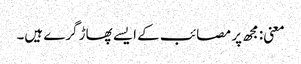
معنی: مجھ پر مصائب کے ایسے پھاڑ گرے ہیں۔